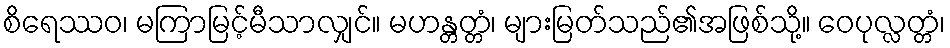
စိရေဿဝ၊ မကြာမြင့်မီသာလျှင်။ မဟန္တတ္တံ၊ များမြတ်သည်၏အဖြစ်သို့။ ဝေပုလ္လတ္တံ၊